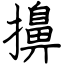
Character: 擤